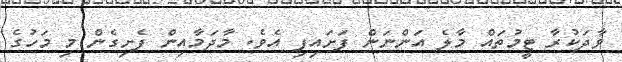
ވާދަކުރާ ޓީމުތައް މާލެ އަންނަން ފަށައިފި އެވެ. މާދަމާއިން ފެށިގެން މި މަހުގެ